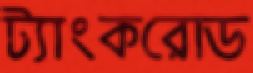
ট্যাংকরোড